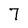
Character: 7